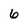
Character: 6